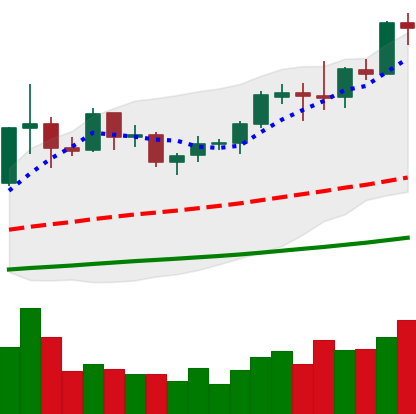
Ticker: ETC-USD
Chart end date: 2019-06-03
Forward return: -10.089%
Label: down_7plus